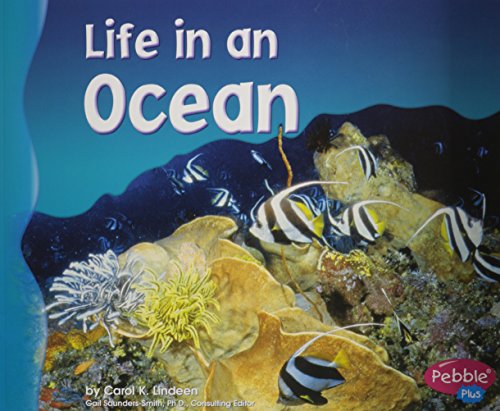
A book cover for Life in an Ocean (Living in a Biome); Carol K. Lindeen; Children's Books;